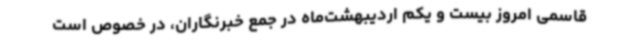
قاسمی امروز بیست و یکم اردیبهشت‌ماه در جمع خبرنگاران، در خصوص است